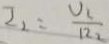
I _ { 2 } = \frac { V _ { 2 } } { R _ { 2 } }